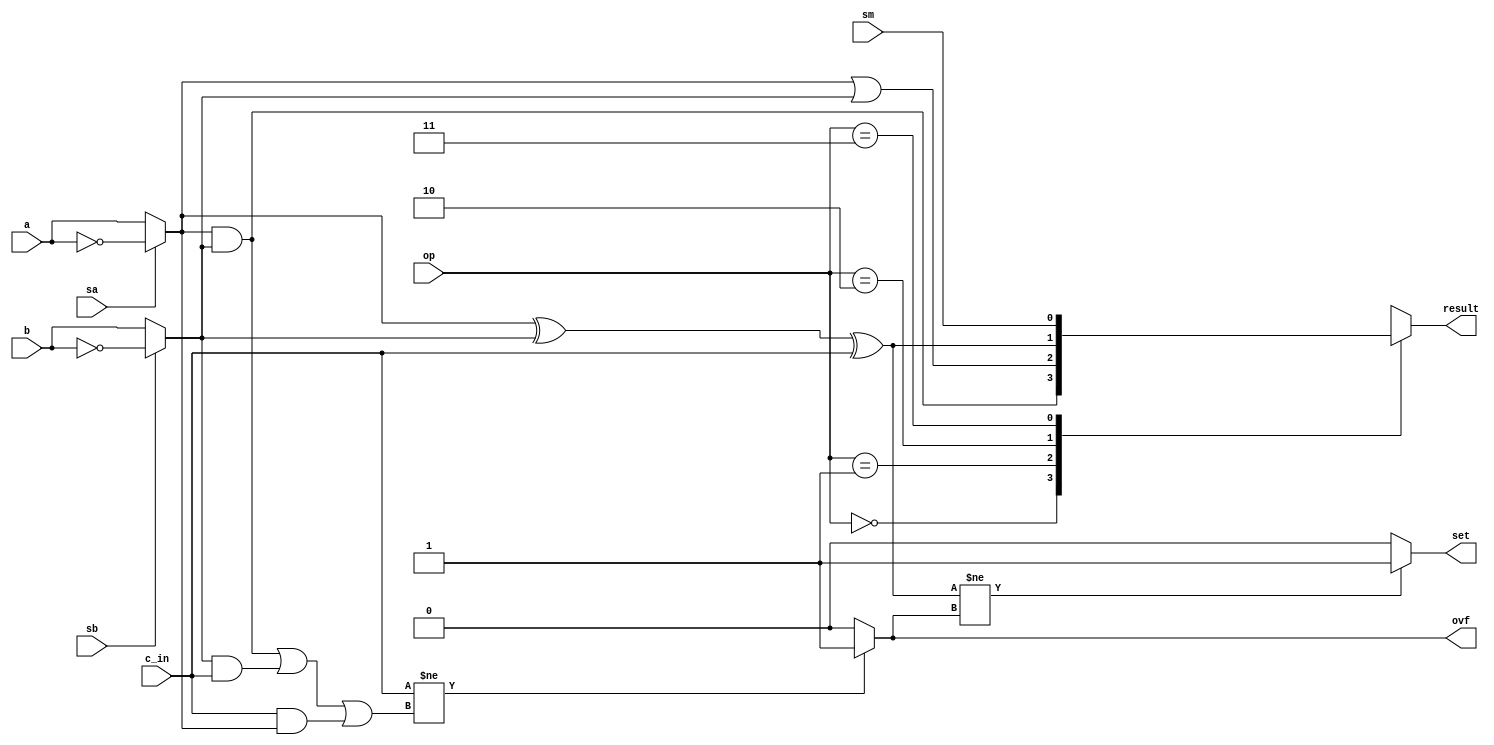
`timescale 1ns / 1ps
//////////////////////////////////////////////////////////////////////////////////
// Company: 
// Engineer: 
// 
// Design Name: 
// Module Name: ALU_top
// Project Name: 
// Target Devices: 
// Tool Versions: 
// Description: 
// 
// Dependencies: 
// 
// Revision:
// Revision 0.01 - File Created
// Additional Comments:
// 
//////////////////////////////////////////////////////////////////////////////////


module ALU_top(a, b, sm, sa, sb, c_in, op, result, set, ovf);
    input a, b, sm, sa, sb, c_in;
    input [1:0] op;
    output reg result;
    output set, ovf;
    wire A, B, c_out, res;
    
    assign A = (sa)? ~a: a;
    assign B = (sb)? ~b: b;
    assign c_out = (A & B) | (B & c_in) | (c_in & A);
    assign res = A ^ B ^ c_in;
    assign ovf = (c_in != c_out)? 1: 0;
    assign set = (res != ovf)? 1: 0;
    
    always@(a, b, sm, sa, sb, c_in, op) begin
        case(op)
         2'b00 : result <= A & B;
         2'b01 : result <= A | B;
         2'b10 : result <= A ^ B ^ c_in;
         2'b11 : result <= sm;
        default : result <= 0;
        endcase
    end
    
    
    
endmodule